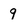
Character: 9